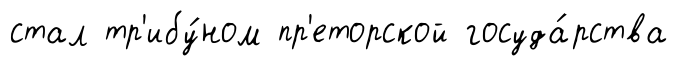
стал тр'ибу́ном пр'еторской госуда́рства